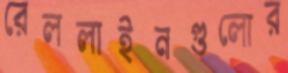
রেললাইনগুলোর